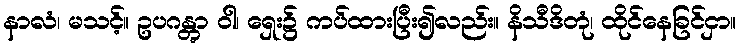
နာလံ၊ မသင့်။ ဥပဂန္တွာ ဝါ၊ ရှေး၌ ကပ်ထားပြီး၍လည်း။ နိသီဒိတုံ၊ ထိုင်နေခြင်ငှာ။